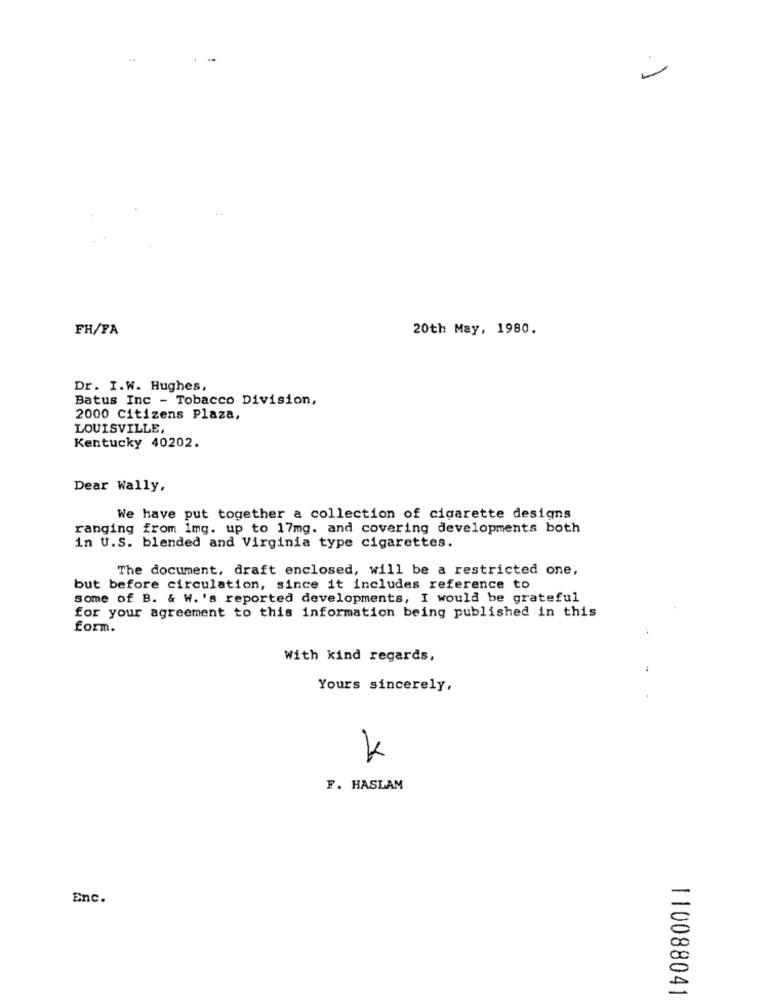
-
FH/FA
20th May, 1980.
Dr. I.W. Hughes,
Batus Inc - Tobacco Division,
2000 Citizens Plaza,
LOUISVILLE,
Kentucky 40202.
Dear Wally,
We have put together a collection of cigarette designs
ranging from img. up to 17mg. and covering developments both
in U.S. blended and Virginia type cigarettes.
The document, draft enclosed, will be a restricted one,
but before circulation, since it includes reference to
some of B. & W. 's reported developments, I would be grateful
for your agreement to this information being published in this
form.
With kind regards,
Yours sincerely,
F. HASLAM
-
Enc.
5
110088041